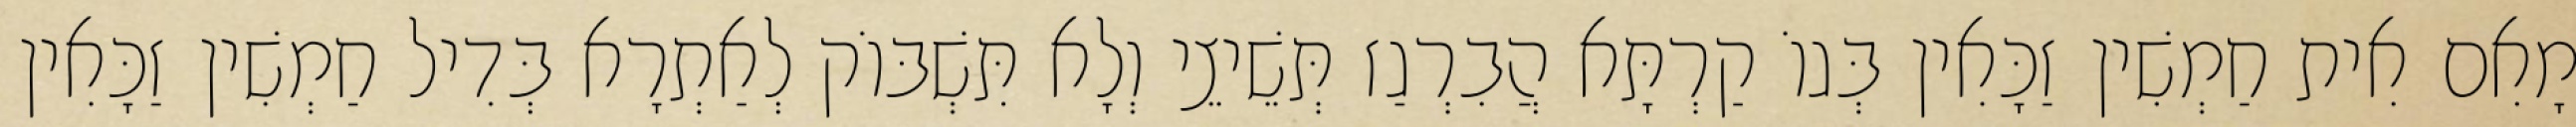
מָאִם אִית חַמְשִׁין זַכָּאִין בְּגוֹ קַרְתָּא הֲבִרְגַז תְּשֵׁיצֵי וְלָא תִּשְׁבּוֹק לְאַתְרָא בְּדִיל חַמְשִׁין זַכָּאִין